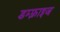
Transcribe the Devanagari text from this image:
डम्फ़्राइज